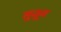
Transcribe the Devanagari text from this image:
सुजून